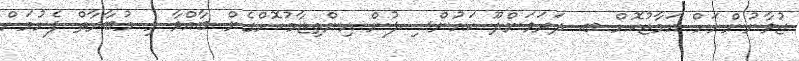
ޒުވާނުންނަށް އަމާޒުކޮށް ބ. ދަރަވަންދޫ ކައުންސިލުން އިންތިޒާމުކޮށްގެން ބާއްވާ މި މުބާރާތް ފެށުމަށް